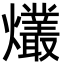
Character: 爜